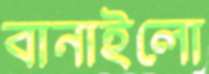
বানাইলো